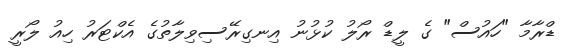
ޑްރާމާ "ހައުސް" ގެ ލީޑް ރޯލު ކުޅުނު އިނގިރޭސިވިލާތުގެ އެކްޓަރު ހިއު ލޯރީ